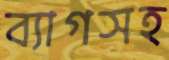
ব্যাগসহ